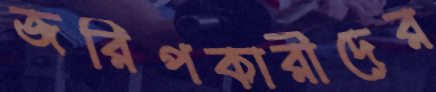
জরিপকারীদের